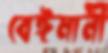
বেঈমানী